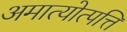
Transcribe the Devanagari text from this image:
अमात्योत्पत्ति